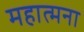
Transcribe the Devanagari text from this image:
महात्मना